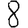
Digit: 8